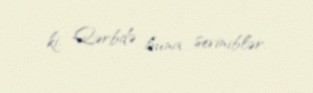
ki, Qərbdə buna seviniblər.